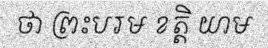
ថា ព្រះបរម ខត្តិ យាម